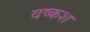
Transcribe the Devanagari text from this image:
वष्कश